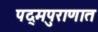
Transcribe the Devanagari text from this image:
पद्मपुराणात